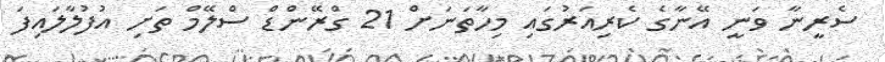
ސެރީނާ ވަނީ އޭނާގެ ކެރިއަރުގައި މިހާތަނަށް 21 ގްރޭންޑް ސްލޭމް ތަށި އުފުލާލައިފަ